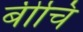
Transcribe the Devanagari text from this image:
बीचि